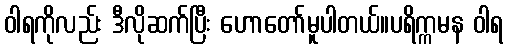
ဝါရကိုလည်း ဒီလိုဆက်ပြီး ဟောတော်မူပါတယ်။ပရိက္ကမန ဝါရ